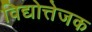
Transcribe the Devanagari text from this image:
विद्योत्तेजक